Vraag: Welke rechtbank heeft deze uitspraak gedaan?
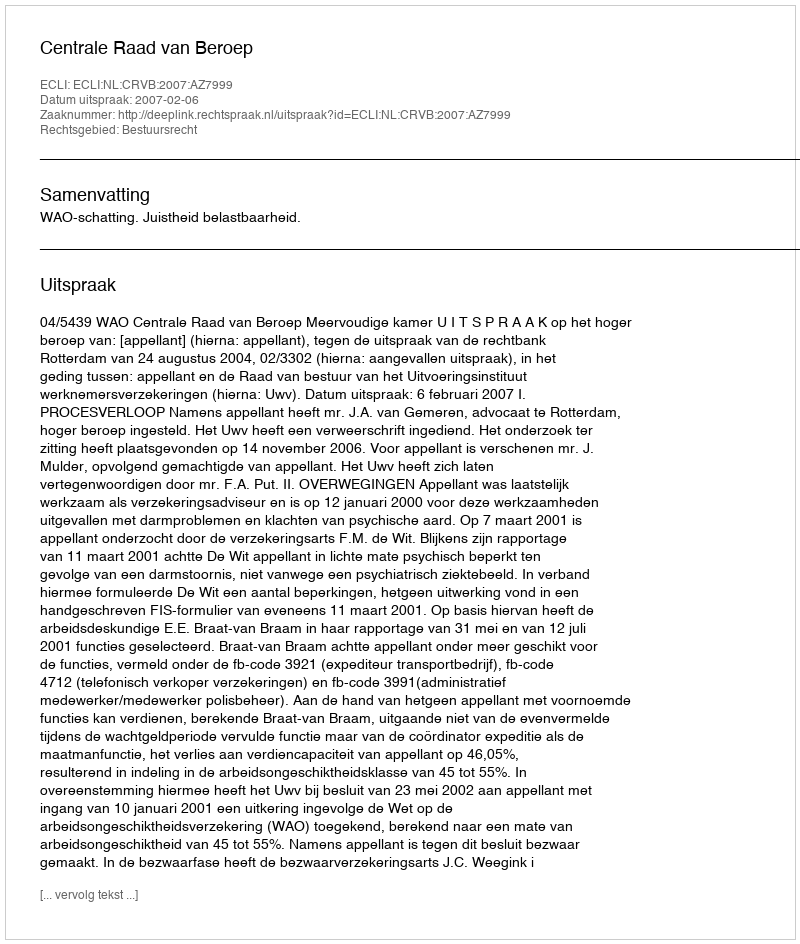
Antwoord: Centrale Raad van Beroep